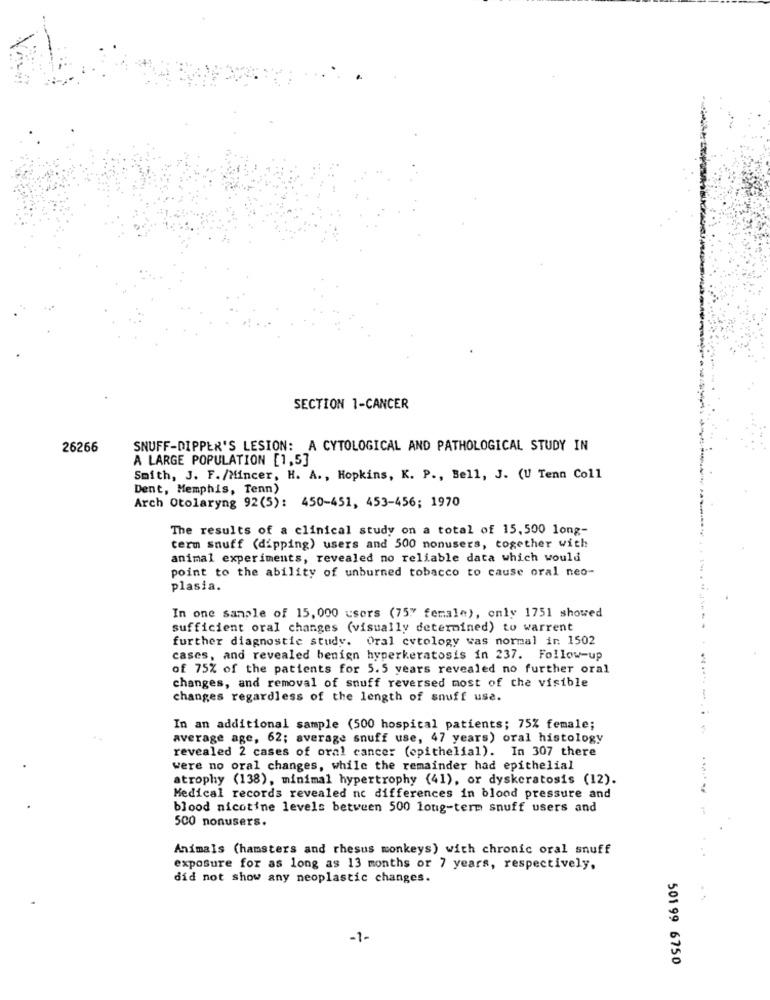
SECTION 1-CANCER
26266
SNUFF-DIPPER'S LESION: A CYTOLOGICAL AND PATHOLOGICAL STUDY IN
A LARGE POPULATION [1,5]
Smith, J. F./Mincer, H. A ., Hopkins, K. P ., Bell, J. (U Tenn Coll
Dent, Memphis, Tenn)
Arch Otolaryngo2(5): 450-451, 453-456; 1970
The results of a clinical study on a total of 15,500 long-
term snuff (dipping) users and 500 nonusers, together with
animal experiments, revealed no reliable data which would
point to the ability of unburned tobacco to cause oral neo-
plasia.
In one sample of 15,000 users (75" female), only 1751 showed
sufficient oral changes (visually determined) to warrent
further diagnostic study. Oral cytology was normal in 1502
cases, and revealed benign hyperkeratosis in 237. Follow-up
of 75% of the patients for 5.5 years revealed no further oral
changes, and removal of snuff reversed most of the visible
changes regardless of the length of snuff use.
---
In an additional sample (500 hospital patients; 75% female;
average age, 62; average snuff use, 47 years) oral histology
revealed 2 cases of oral cancer (epithelial). In 307 there
were no oral changes, while the remainder had epithelial
atrophy (138), minimal hypertrophy (41), or dyskeratosis (12).
Medical records revealed no differences in blood pressure and
blood nicotine levels between 500 long-term snuff users and
500 nonusers.
Animals (hamsters and rhesus monkeys) with chronic oral snuff
exposure for as long as 13 months or 7 years, respectively,
did not show any neoplastic changes.
-1-
501 99 6750